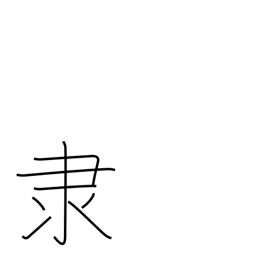
Meaning: slave radical (no. 171)